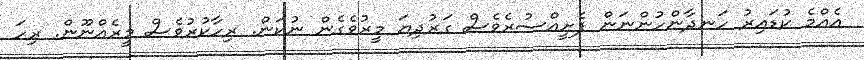
އެއްމެ ކުޑައިރު ހަނދާންހުންނަން ފެށީއްސުރެވެސް ގަރުދިޔަ މީރުވެގެން ނުކަން. ރިހާކުރުވެސް މީރެއްނޫން. ރިހަ